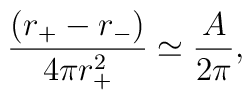
\frac{({r}_+ -r_-)}{4\pi {r}_+^2}\simeq \frac{A}{2\pi},